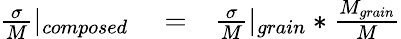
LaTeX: \begin{array}{rlr}{\frac{\sigma}{M}|_{composed}}&{{}=}&{\frac{\sigma}{M}|_{grain}*\frac{M_{grain}}{M}}\end{array}